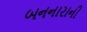
બનનારાની